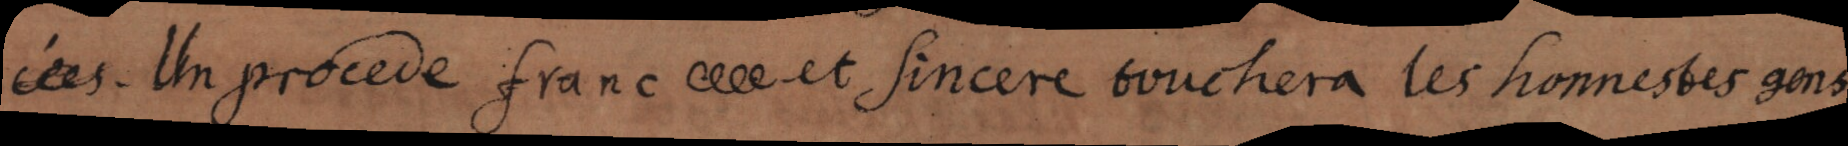
cées. Un procede franc et sincere touchera les honnestes gens